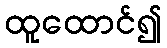
ထူထောင်၍